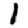
Digit: 1